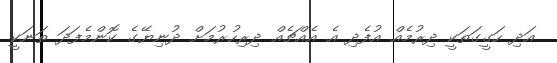
އަދި ހަގީގަތަކީ ދިރުމެއް އުފެދި އެ އެއްޗެއް ދިރިހުރުމަށް ދުނިޔޭގެ ކޮންމެފަދަ ތަނަކީ